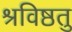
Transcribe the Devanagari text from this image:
श्रविष्ठतु